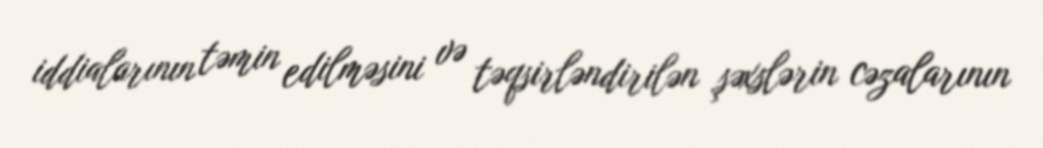
iddialarının təmin edilməsini və təqsirləndirilən şəxslərin cəzalarının